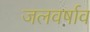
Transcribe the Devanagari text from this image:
जलवर्षाव